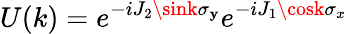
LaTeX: U(k)=e^{-iJ_{2}\sink\sigma_{\mathbf{y}}}e^{-iJ_{1}\cosk\sigma_{x}}